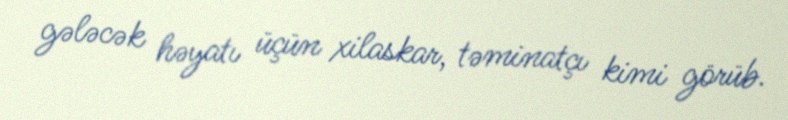
gələcək həyatı üçün xilaskar, təminatçı kimi görüb.